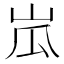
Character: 𱛘